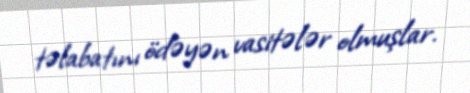
təlabatını ödəyən vasitələr olmuşlar.